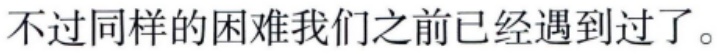
不过同样的困难我们之前已经遇到过了。